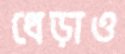
ধেড়াও